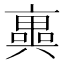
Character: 𠆑